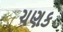
ચણક